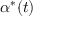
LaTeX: \alpha ^ { * } ( t )